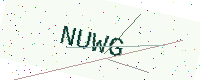
Text: NUWG